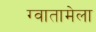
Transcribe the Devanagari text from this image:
ग्वातामेला